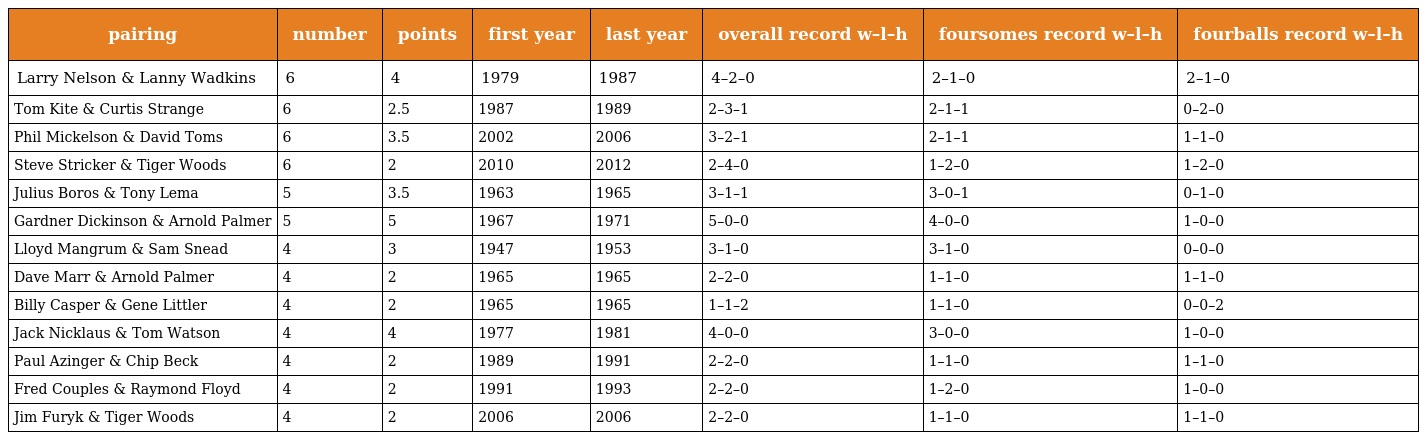
| pairing | number | points | first year | last year | overall record w–l–h | foursomes record w–l–h | fourballs record w–l–h |
 | --- | --- | --- | --- | --- | --- | --- | --- |
 | Larry Nelson & Lanny Wadkins | 6 | 4 | 1979 | 1987 | 4–2–0 | 2–1–0 | 2–1–0 |
 | Tom Kite & Curtis Strange | 6 | 2.5 | 1987 | 1989 | 2–3–1 | 2–1–1 | 0–2–0 |
 | Phil Mickelson & David Toms | 6 | 3.5 | 2002 | 2006 | 3–2–1 | 2–1–1 | 1–1–0 |
 | Steve Stricker & Tiger Woods | 6 | 2 | 2010 | 2012 | 2–4–0 | 1–2–0 | 1–2–0 |
 | Julius Boros & Tony Lema | 5 | 3.5 | 1963 | 1965 | 3–1–1 | 3–0–1 | 0–1–0 |
 | Gardner Dickinson & Arnold Palmer | 5 | 5 | 1967 | 1971 | 5–0–0 | 4–0–0 | 1–0–0 |
 | Lloyd Mangrum & Sam Snead | 4 | 3 | 1947 | 1953 | 3–1–0 | 3–1–0 | 0–0–0 |
 | Dave Marr & Arnold Palmer | 4 | 2 | 1965 | 1965 | 2–2–0 | 1–1–0 | 1–1–0 |
 | Billy Casper & Gene Littler | 4 | 2 | 1965 | 1965 | 1–1–2 | 1–1–0 | 0–0–2 |
 | Jack Nicklaus & Tom Watson | 4 | 4 | 1977 | 1981 | 4–0–0 | 3–0–0 | 1–0–0 |
 | Paul Azinger & Chip Beck | 4 | 2 | 1989 | 1991 | 2–2–0 | 1–1–0 | 1–1–0 |
 | Fred Couples & Raymond Floyd | 4 | 2 | 1991 | 1993 | 2–2–0 | 1–2–0 | 1–0–0 |
 | Jim Furyk & Tiger Woods | 4 | 2 | 2006 | 2006 | 2–2–0 | 1–1–0 | 1–1–0 |